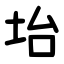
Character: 坮